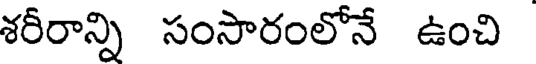
శరీరాన్ని సంసారంలోనే ఉంచి